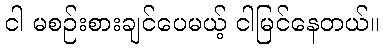
ငါ မစဉ်းစားချင်ပေမယ့် ငါမြင်နေတယ်။